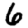
Digit: 6